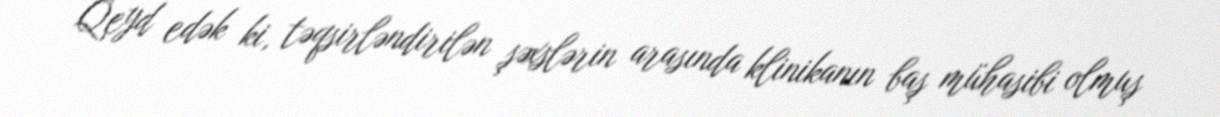
Qeyd edək ki, təqsirləndirilən şəxslərin arasında klinikanın baş mühasibi olmuş